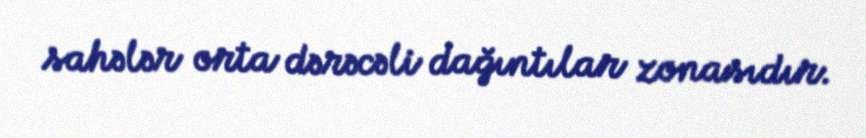
sahələr orta dərəcəli dağıntılar zonasıdır.